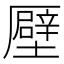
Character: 𠫀